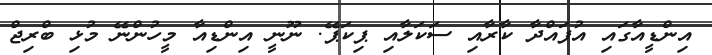
އިންޑީއާގައި އުފައްދާ ކާރާއި ސަކަލާއި ޕިކަޕޭ. ނޫނީ އިންޑިއާ މީހުންނޭ މުޅި ބްރިޖް